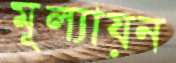
মূল্যায়ন